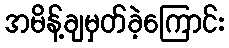
အမိန့်ချမှတ်ခဲ့ကြောင်း